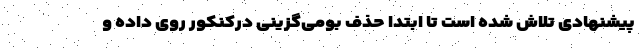
پیشنهادی تلاش شده است تا ابتدا حذف بومی‌گزینی درکنکور روی داده و